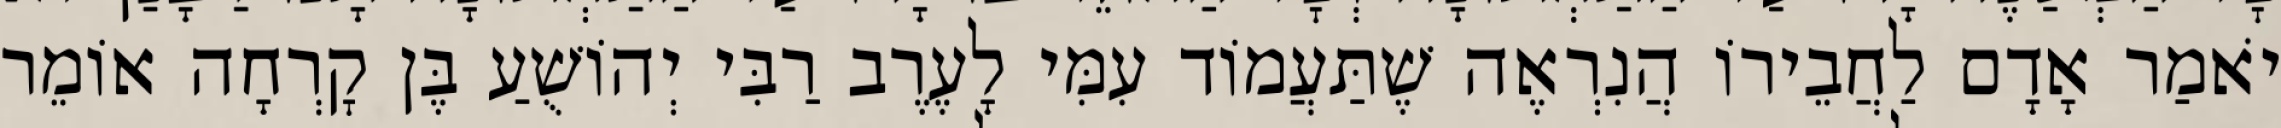
יֹאמַר אָדָם לַחֲבֵירוֹ הֲנִרְאֶה שֶׁתַּעֲמוֹד עִמִּי לָעֶרֶב רַבִּי יְהוֹשֻׁעַ בֶּן קׇרְחָה אוֹמֵר